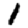
Digit: 1